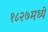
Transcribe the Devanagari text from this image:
१८२७मध्ये